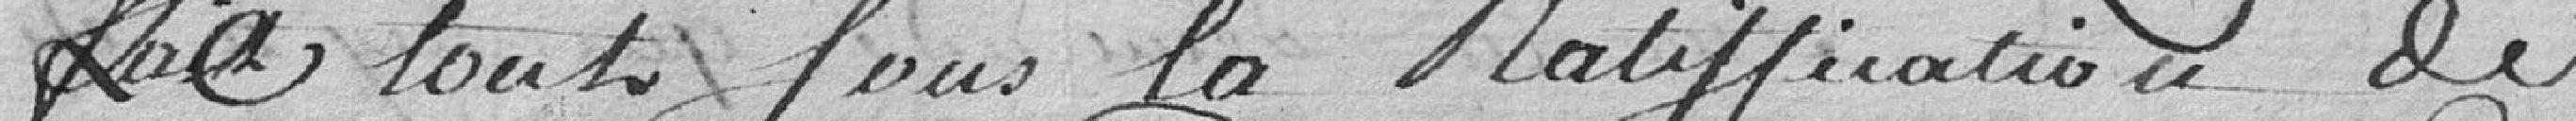
Le tout sous la ratification de